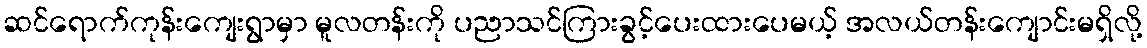
ဆင်ရောက်ကုန်းကျေးရွာမှာ မူလတန်းကို ပညာသင်ကြားခွင့်ပေးထားပေမယ့် အလယ်တန်းကျောင်းမရှိလို့